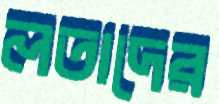
লতাদের